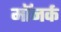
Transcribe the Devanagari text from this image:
मॉनर्क